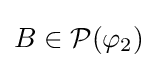
B\in {\mathcal {P}}(\varphi _{2})